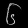
Digit: ၆